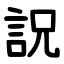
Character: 詋